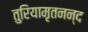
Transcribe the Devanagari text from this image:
तुरियामृतनन्द